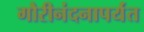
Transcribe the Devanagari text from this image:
गौरीनंदनापर्यंत